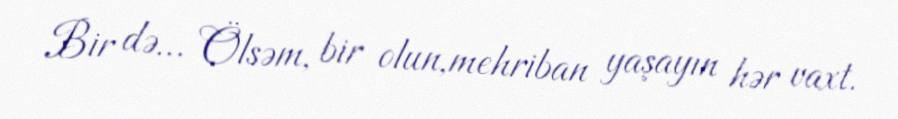
Bir də… Ölsəm, bir olun,mehriban yaşayın hər vaxt.